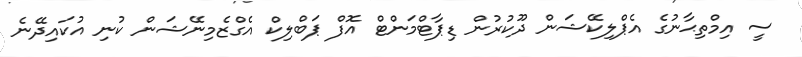
ސީ އިމްތިޙާނުގެ އެޕްލިކޭޝަން ދޫކުރުން ޑިޕާޓްމަންޓް އޮފް ޕަބްލިކް އެގްޒެމިނޭޝަން ކުނި އުކައިދޭނެ